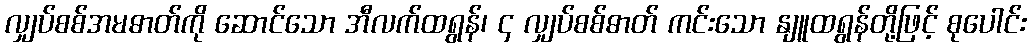
လျှပ်စစ်အမဓာတ်ကို ဆောင်သော အီလက်ထရွန်၊ ၄ လျှပ်စစ်ဓာတ် ကင်းသော နျူထရွန်တို့ဖြင့် စုပေါင်း